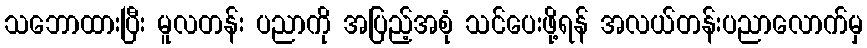
သဘောထားပြီး မူလတန်း ပညာကို အပြည့်အစုံ သင်ပေးဖို့ရန် အလယ်တန်းပညာလောက်မှ